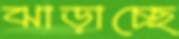
ঝাড়াচ্ছে